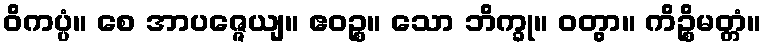
ဝိကပ္ပံ။ စေ အာပဇ္ဇေယျ။ ဧဝဉ္စ။ သော ဘိက္ခု။ ဝတွာ။ ကိဉ္စိမတ္တံ။